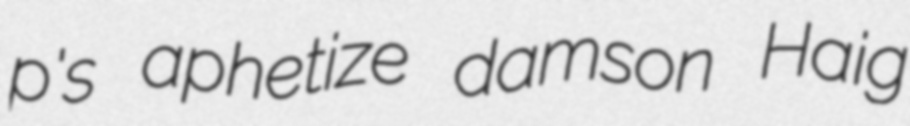
p's aphetize damson Haig